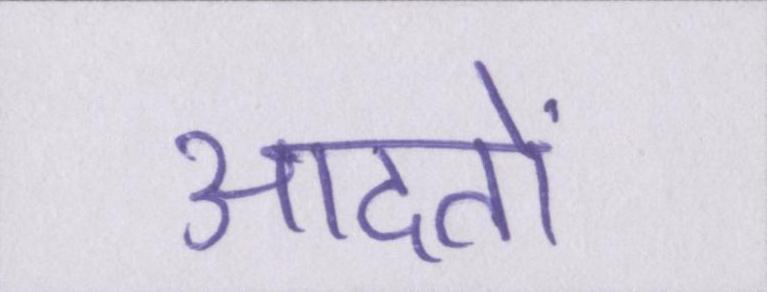
आदतों